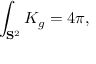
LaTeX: \int _ { \mathbf { S } ^ { 2 } } K _ { g } = 4 \pi ,